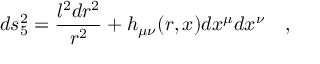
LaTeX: d s _ { 5 } ^ { 2 } = { \frac { l ^ { 2 } d r ^ { 2 } } { r ^ { 2 } } } + h _ { \mu \nu } ( r , x ) d x ^ { \mu } d x ^ { \nu } ~ ~ ~ ,